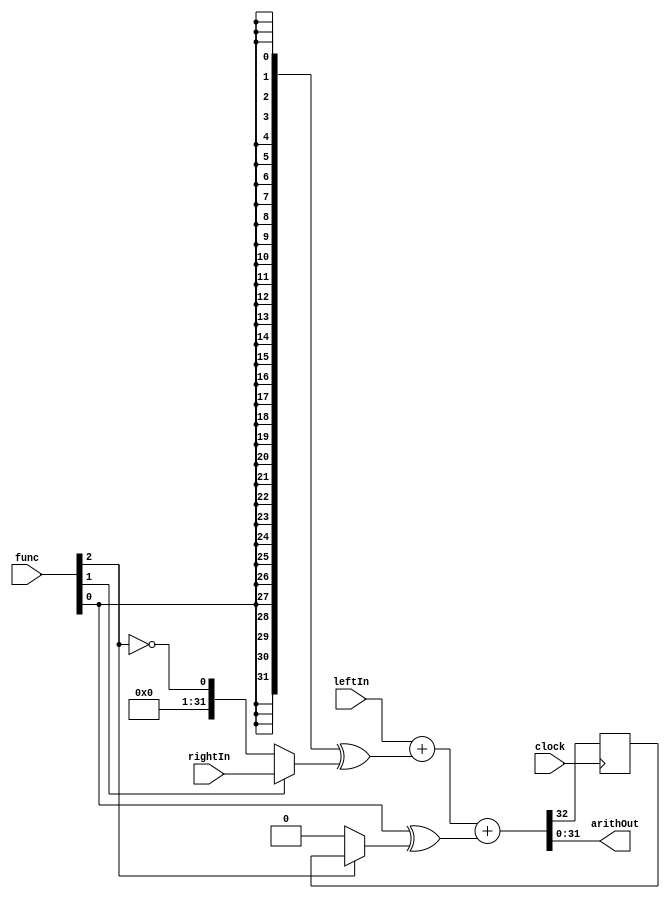
module arithmetic (output [31:0] arithOut,
                                       input [31:0] leftIn,
                                        input[31:0] rightIn,
                                      input[2:0] func,
input clock);


reg carry;
wire  nextCarry;
wire [31:0] rightOp;
wire cr;

always @(posedge clock) carry<=nextCarry;

assign rightOp={32{func[0]}}^(func[1]?rightIn: {{31{1'b0}}, ~func[2]});
assign cr= func[0] ^ (func[2] ?carry: 1'b0);
assign {nextCarry,arithOut} =leftIn+rightOp +cr;

endmodule